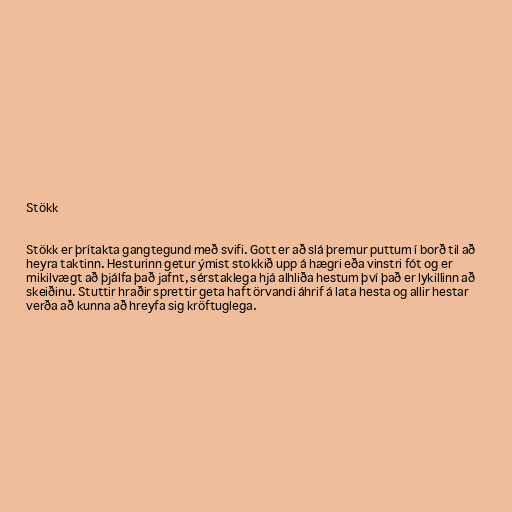
Stökk

Stökk er þrítakta gangtegund með svifi. Gott er að slá þremur puttum í borð til að
heyra taktinn. Hesturinn getur ýmist stokkið upp á hægri eða vinstri fót og er
mikilvægt að þjálfa það jafnt, sérstaklega hjá alhliða hestum því það er lykillinn að
skeiðinu. Stuttir hraðir sprettir geta haft örvandi áhrif á lata hesta og allir hestar
verða að kunna að hreyfa sig kröftuglega.